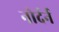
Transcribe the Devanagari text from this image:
नोर्दर्न